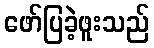
ဖော်ပြခဲ့ဖူးသည်